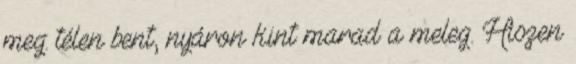
meg: télen bent, nyáron kint marad a meleg. Hiszen